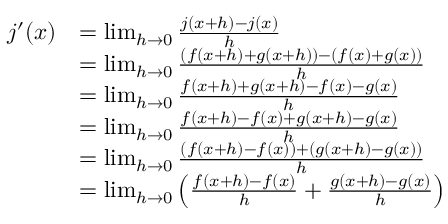
{ \begin{array} { r l } { j ^ { \prime } ( x ) } & { = \operatorname* { l i m } _ { h \rightarrow 0 } { \frac { j ( x + h ) - j ( x ) } { h } } } \\ & { = \operatorname* { l i m } _ { h \rightarrow 0 } { \frac { \left( f ( x + h ) + g ( x + h ) \right) - \left( f ( x ) + g ( x ) \right) } { h } } } \\ & { = \operatorname* { l i m } _ { h \rightarrow 0 } { \frac { f ( x + h ) + g ( x + h ) - f ( x ) - g ( x ) } { h } } } \\ & { = \operatorname* { l i m } _ { h \rightarrow 0 } { \frac { f ( x + h ) - f ( x ) + g ( x + h ) - g ( x ) } { h } } } \\ & { = \operatorname* { l i m } _ { h \rightarrow 0 } { \frac { ( f ( x + h ) - f ( x ) ) + ( g ( x + h ) - g ( x ) ) } { h } } } \\ & { = \operatorname* { l i m } _ { h \rightarrow 0 } \left( { \frac { f ( x + h ) - f ( x ) } { h } } + { \frac { g ( x + h ) - g ( x ) } { h } } \right) } \end{array} }